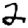
Digit: 2